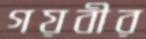
গয়বীর